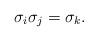
LaTeX: \begin{align*}\sigma_i\sigma_j=\sigma_k.\end{align*}